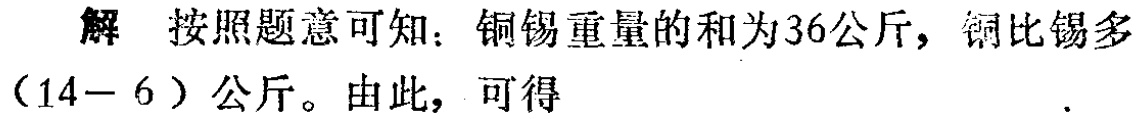
解 按照题意可知：铜锡重量的和为36公斤，铜比锡多$(14 - 6)$公斤。由此，可得  .